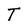
Character: T